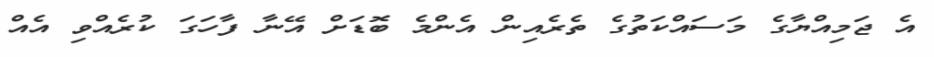
އެ ޖަމިއްޔާގެ މަސައްކަތުގެ ތެރެއިން އެންމެ ބޮޑަށް އޭނާ ފާހަގަ ކުރެއްވި އެއް